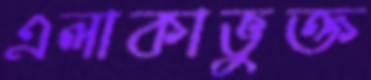
এলাকাভুক্ত